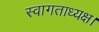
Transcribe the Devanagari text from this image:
स्वागताध्यक्ष।